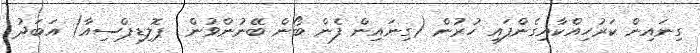
ގިނައިން ކަރުހިއްކާއިގެންފައި ހުރުން (ގިނައިން ފެން ބޯން ބޭނުންވުން  ޕޮލިޑިޕްސިއާ) އަބަދު